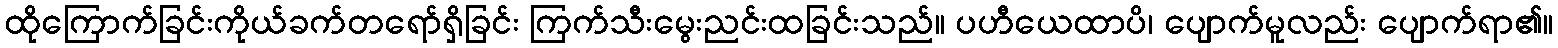
ထိုကြောက်ခြင်းကိုယ်ခက်တရော်ရှိခြင်း ကြက်သီးမွေးညင်းထခြင်းသည်။ ပဟီယေထာပိ၊ ပျောက်မူလည်း ပျောက်ရာ၏။